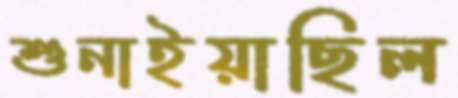
শুনাইয়াছিল